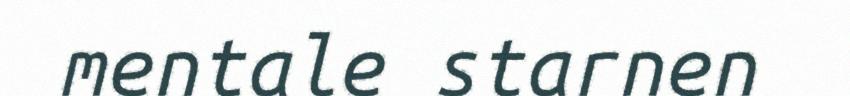
mentale starnen